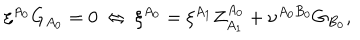
LaTeX: \xi ^ { A _ { 0 } } G _ { A _ { 0 } } = 0 \: \Leftrightarrow \: \xi ^ { A _ { 0 } } = \xi ^ { A _ { 1 } } Z _ { A _ { 1 } } ^ { A _ { 0 } } + \nu ^ { A _ { 0 } B _ { 0 } } G _ { B _ { 0 } } ,